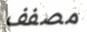
مصفف